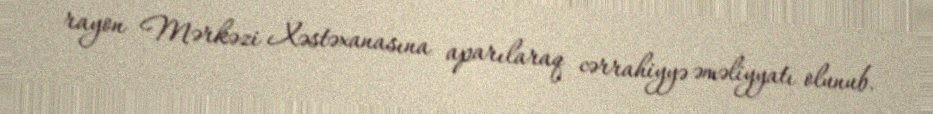
rayon Mərkəzi Xəstəxanasına aparılaraq cərrahiyyə əməliyyatı olunub.